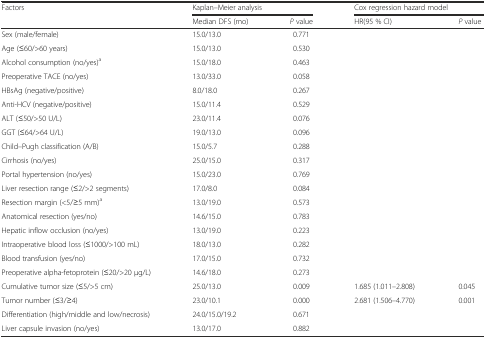
| <ROWSPAN=2> Factors | <COLSPAN=2> Kaplan–Meier analysis | <COLSPAN=2> Cox regression hazard model |
 | Median DFS (mo) | P value | HR(95 % CI) | P value |
 | --- | --- | --- | --- | --- |
 | Sex (male/female) | 15.0/13.0 | 0.771 |  |  |
 | Age (≤60/>60 years) | 15.0/13.0 | 0.530 |  |  |
 | Alcohol consumption (no/yes)a | 15.0/18.0 | 0.463 |  |  |
 | Preoperative TACE (no/yes) | 13.0/33.0 | 0.058 |  |  |
 | HBsAg (negative/positive) | 8.0/18.0 | 0.267 |  |  |
 | Anti-HCV (negative/positive) | 15.0/11.4 | 0.529 |  |  |
 | ALT (≤50/>50 U/L) | 23.0/11.4 | 0.076 |  |  |
 | GGT (≤64/>64 U/L) | 19.0/13.0 | 0.096 |  |  |
 | Child–Pugh classification (A/B) | 15.0/5.7 | 0.288 |  |  |
 | Cirrhosis (no/yes) | 25.0/15.0 | 0.317 |  |  |
 | Portal hypertension (no/yes) | 15.0/23.0 | 0.769 |  |  |
 | Liver resection range (≤2/>2 segments) | 17.0/8.0 | 0.084 |  |  |
 | Resection margin (<5/≥5 mm)a | 13.0/19.0 | 0.573 |  |  |
 | Anatomical resection (yes/no) | 14.6/15.0 | 0.783 |  |  |
 | Hepatic inflow occlusion (no/yes) | 13.0/19.0 | 0.223 |  |  |
 | Intraoperative blood loss (≤1000/>100 mL) | 18.0/13.0 | 0.282 |  |  |
 | Blood transfusion (yes/no) | 17.0/15.0 | 0.732 |  |  |
 | Preoperative alpha-fetoprotein (≤20/>20 μg/L) | 14.6/18.0 | 0.273 |  |  |
 | Cumulative tumor size (≤5/>5 cm) | 25.0/13.0 | 0.009 | 1.685 (1.011–2.808) | 0.045 |
 | Tumor number (≤3/≥4) | 23.0/10.1 | 0.000 | 2.681 (1.506–4.770) | 0.001 |
 | Differentiation (high/middle and low/necrosis) | 24.0/15.0/19.2 | 0.671 |  |  |
 | Liver capsule invasion (no/yes) | 13.0/17.0 | 0.882 |  |  |